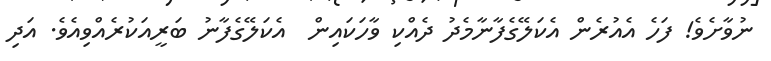
ނުވާށެވެ! ފަހެ އެއުރެން އެކަލޭގެފާނާމެދު ދެއްކި ވާހަކައިން  އެކަލޭގެފާނު ބަރީއަކުރެއްވިއެވެ. އަދި